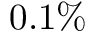
0 . 1 \%